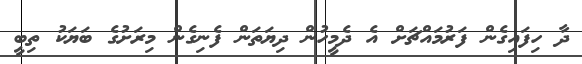
ދާ ހިފައިގެން ފަރުމައްޗަށް އެ ދެމީހުން ދިޔަތަން ފެނިގެން މިރަށުގެ ބަޔަކު ތިބީ